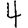
Digit: 4